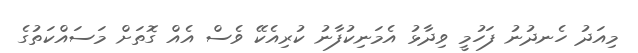
މިއަދު ހެނދުނު ފަހުމީ ވިދާޅު އެމަނިކުފާނު ކުރިއެކޭ ވެސް އެއް ގޮތަށް މަސައްކަތުގެ